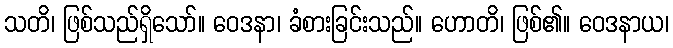
သတိ၊ ဖြစ်သည်ရှိသော်။ ဝေဒနာ၊ ခံစားခြင်းသည်။ ဟောတိ၊ ဖြစ်၏။ ဝေဒနာယ၊